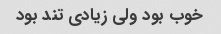
خوب بود ولی زیادی تند بود